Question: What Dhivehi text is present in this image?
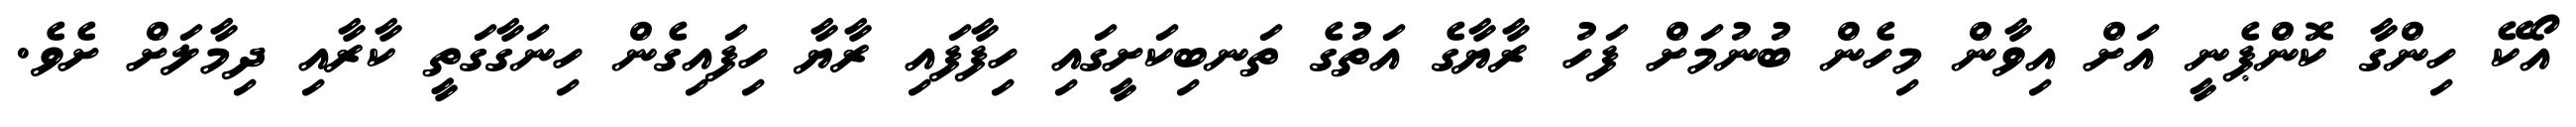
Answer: އޯކޭ ހިންގާ ކޮންޕެނީ އަށް އިވާން މިހެން ބުނުމަށް ފަހު ރާޔާގެ އަތުގެ ތަނބިކަށީގައި ހިފާފައި ރާޔާ ހިފައިގެން ހިނަގާގަތީ ކާރާއި ދިމާލަށް ށެވެ.